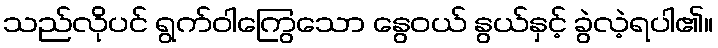
သည်လိုပင် ရွက်ဝါကြွေသော နွေဝယ် နွယ်နှင့် ခွဲလဲ့ရပါ၏။